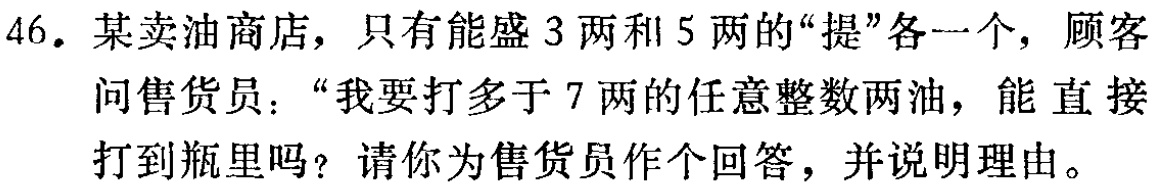
46. 某卖油商店，只有能盛3两和5两的“提”各一个，顾客问售货员：“我要打多于7两的任意整数两油，能直接打到瓶里吗？请你为售货员作个回答，并说明理由。